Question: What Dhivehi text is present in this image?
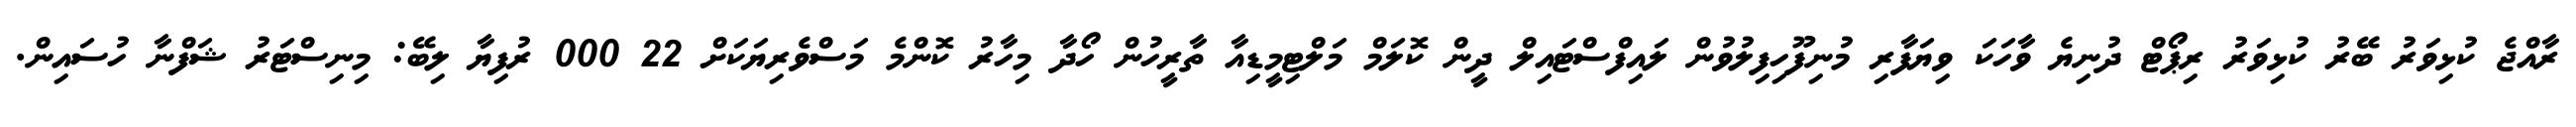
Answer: ރާއްޖެ ކުޅިވަރު ބޭރު ކުޅިވަރު ރިޕޯޓް ދުނިޔެ ވާހަކަ ވިޔަފާރި މުނިފޫހިފިލުވުން ލައިފްސްޓައިލް ދީން ކޮލަމް މަލްޓިމީޑިއާ ތާރީހުން ހޯދާ މިހާރު ކޮންމެ މަސްވެރިޔަކަށް 22 000 ރުފިޔާ ލިބޭ: މިނިސްޓަރު ޝަފްނާ ހުސައިން.